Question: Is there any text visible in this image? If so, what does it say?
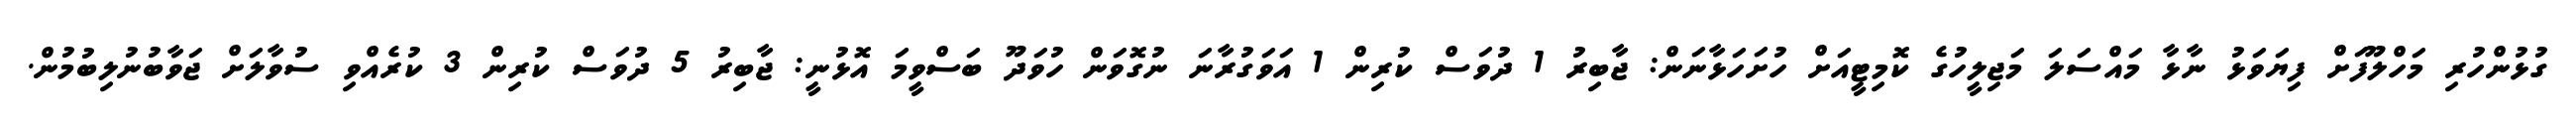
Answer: ގުޅުންހުރި މަހްލޫފަށް ފިޔަވަޅު ނާޅާ މައްސަލަ މަޖިލީހުގެ ކޮމިޓީއަށް ހުށަހަޅާނަން: ޖާބިރު 1 ދުވަސް ކުރިން 1 އަވަގުރާނަ ނުގޮވަން ހުވަދޫ ބަސްވީމަ އޮޅުނީ: ޖާބިރު 5 ދުވަސް ކުރިން 3 ކުރެއްވި ސުވާލަށް ޖަވާބުނުލިބުމުން.